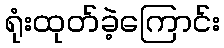
ရုံးထုတ်ခဲ့ကြောင်း